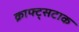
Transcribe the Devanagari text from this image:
क्राफ्ट्सटाक